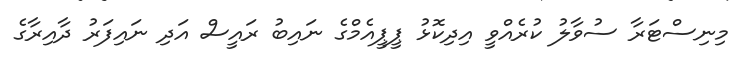
މިނިސްޓަރާ ސުވާލު ކުރެއްވީ އިދިކޮޅު ޕީޕީއެމްގެ ނައިބު ރައީސް އަދި ނައިފަރު ދާއިރާގެ